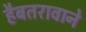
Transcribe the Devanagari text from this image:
हैबतरावाने